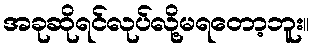
အခုဆိုရင်လုပ်လို့မရတော့ဘူး။